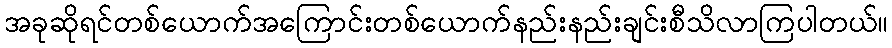
အခုဆိုရင်တစ်ယောက်အကြောင်းတစ်ယောက်နည်းနည်းချင်းစီသိလာကြပါတယ်။